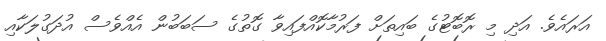
އަރައެވެ. އަދި މި ރޮބޮޓުގެ ބައިތަށް ފަރުމާކޮއްފައިވާ ގޮތުގެ ސަބަބުން އެއްވެސް އުދަގުލަކާއި